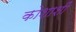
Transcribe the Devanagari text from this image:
कोशाशीं